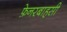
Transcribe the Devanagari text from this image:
फ़ेनरबाहसी